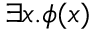
\exists x . \phi ( x )